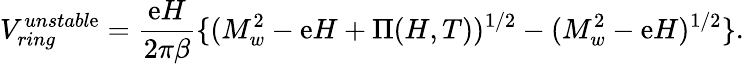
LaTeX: V_{ring}^{unstabl\mathrm{e}}=\frac{{\mathrm{e}H}}{{2\pi\beta}}\{ (M_{w}^{2}-\mathrm{e}H+\Pi(H,T))^{1/2}-(M_{w}^{2}-\mathrm{e}H)^{1/2}\} .